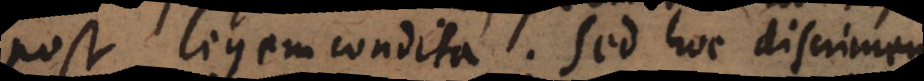
post legem condita. Sed hoc discrimen